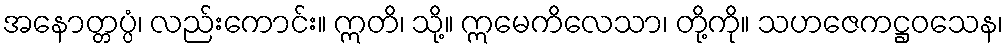
အနောတ္တပ္ပံ၊ လည်းကောင်း။ ဣတိ၊ သို့။ ဣမေကိလေသာ၊ တို့ကို။ သဟဇေကဋ္ဌဝသေန၊